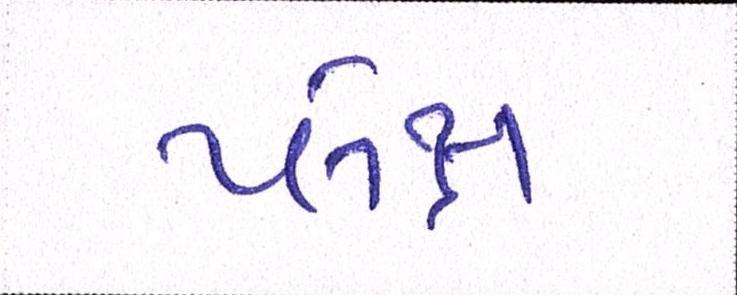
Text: પ્લેક્ષ